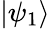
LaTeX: \left|{\psi_{1}}\right\rangle